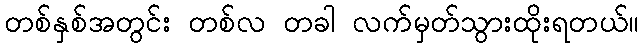
တစ်နှစ်အတွင်း တစ်လ တခါ လက်မှတ်သွားထိုးရတယ်။